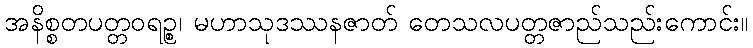
အနိစ္စတပတ္တဝရဉ္စ၊ မဟာသုဒဿနဇာတ် တေသလပတ္တဇာည်သည်းကောင်း။